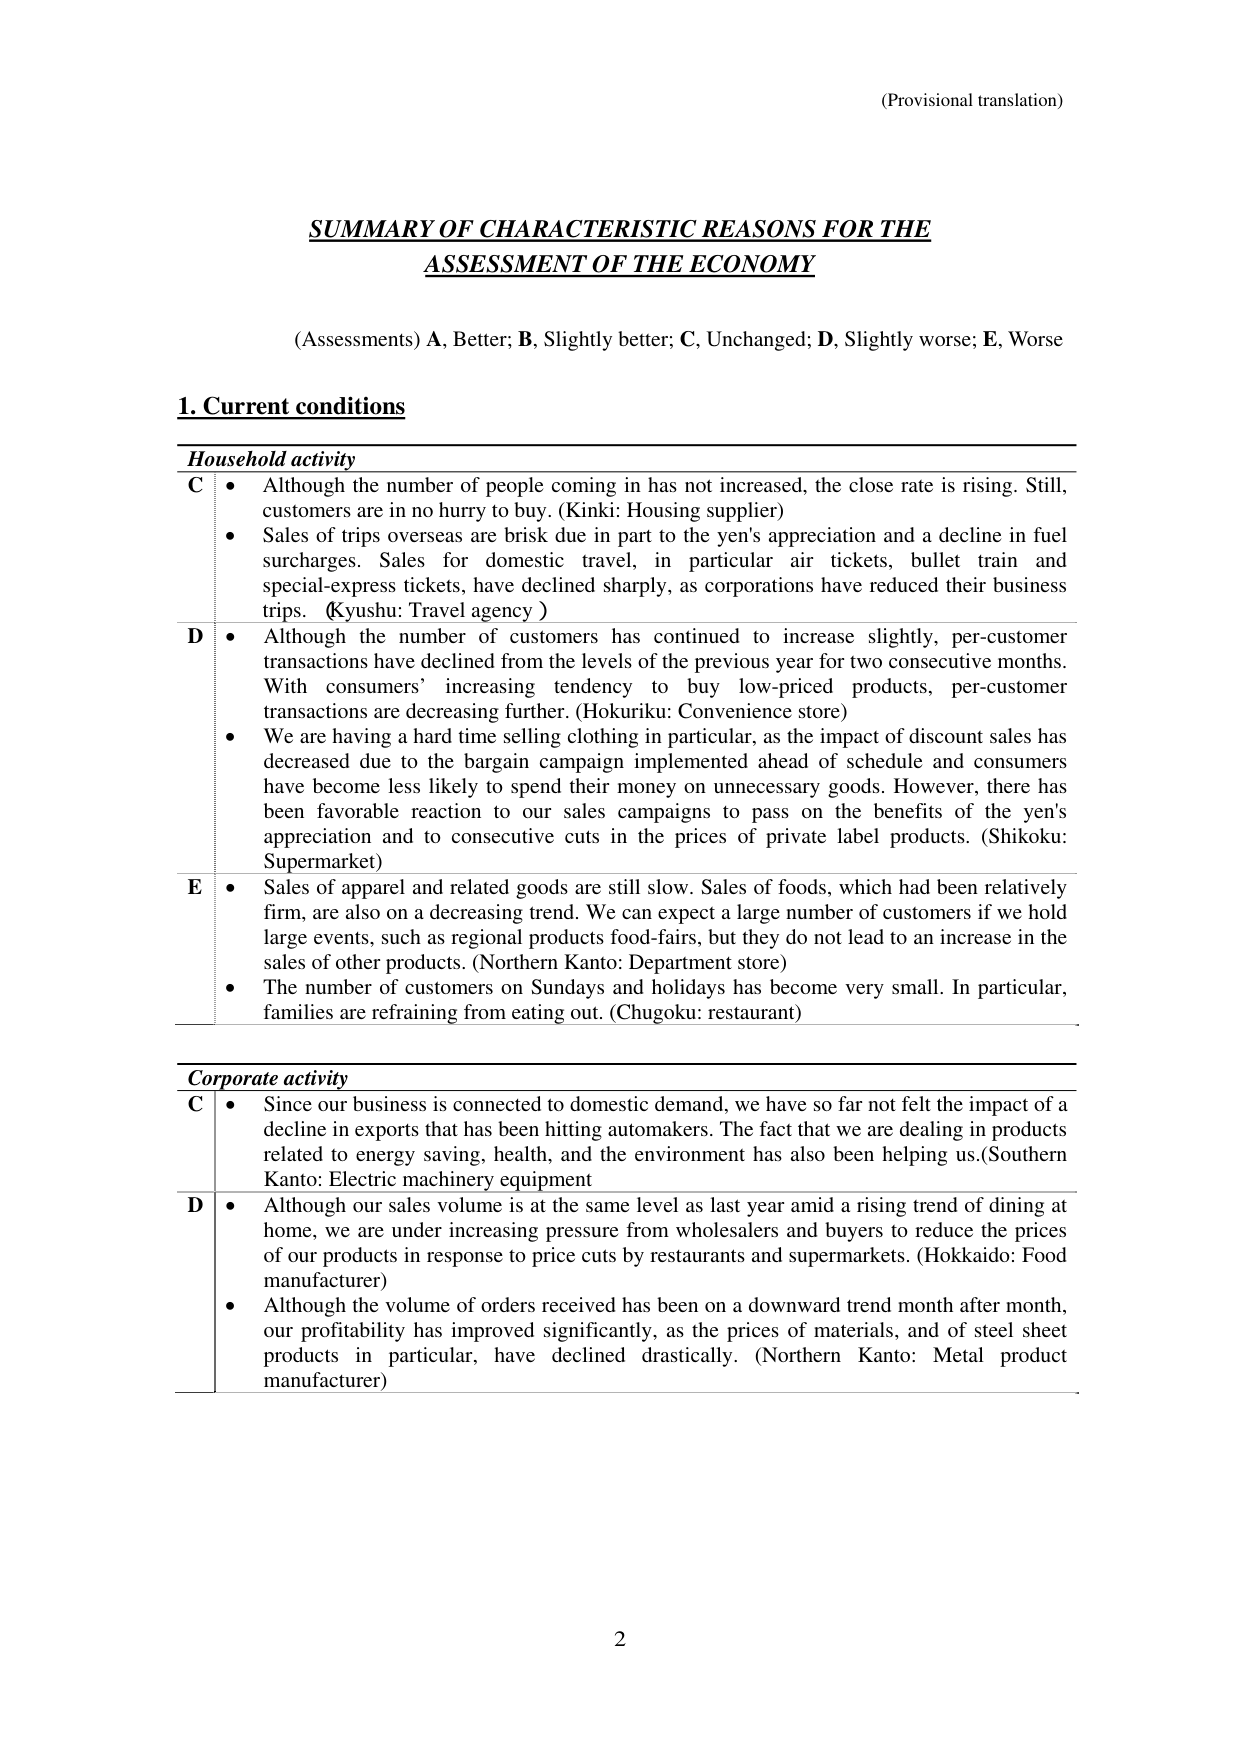
(Provisional translation)

SUMMARY OF CHARACTERISTIC REASONS FOR THE
ASSESSMENT OF THE ECONOMY

(Assessments) A, Better; B, Slightly better; C, Unchanged; D, Slightly worse; E, Worse

1. Current conditions

Household activity
C • Although the number of people coming in has not increased, the close rate is rising. Still, customers are in no hurry to buy. (Kinki: Housing supplier)
• Sales of trips overseas are brisk due in part to the yen's appreciation and a decline in fuel surcharges. Sales for domestic travel, in particular air tickets, bullet train and special-express tickets, have declined sharply, as corporations have reduced their business trips. (Kyushu: Travel agency)

D • Although the number of customers has continued to increase slightly, per-customer transactions have declined from the levels of the previous year for two consecutive months. With consumers’ increasing tendency to buy low-priced products, per-customer transactions are decreasing further. (Hokuriku: Convenience store)
• We are having a hard time selling clothing in particular, as the impact of discount sales has decreased due to the bargain campaign implemented ahead of schedule and consumers have become less likely to spend their money on unnecessary goods. However, there has been favorable reaction to our sales campaigns to pass on the benefits of the yen's appreciation and to consecutive cuts in the prices of private label products. (Shikoku: Supermarket)

E • Sales of apparel and related goods are still slow. Sales of foods, which had been relatively firm, are also on a decreasing trend. We can expect a large number of customers if we hold large events, such as regional products food-fairs, but they do not lead to an increase in the sales of other products. (Northern Kanto: Department store)
• The number of customers on Sundays and holidays has become very small. In particular, families are refraining from eating out. (Chugoku: restaurant)

Corporate activity
C • Since our business is connected to domestic demand, we have so far not felt the impact of a decline in exports that has been hitting automakers. The fact that we are dealing in products related to energy saving, health, and the environment has also been helping us. (Southern Kanto: Electric machinery equipment)

D • Although our sales volume is at the same level as last year amid a rising trend of dining at home, we are under increasing pressure from wholesalers and buyers to reduce the prices of our products in response to price cuts by restaurants and supermarkets. (Hokkaido: Food manufacturer)
• Although the volume of orders received has been on a downward trend month after month, our profitability has improved significantly, as the prices of materials, and of steel sheet products in particular, have declined drastically. (Northern Kanto: Metal product manufacturer)

2